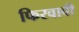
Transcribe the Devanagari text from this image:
फिरवावी